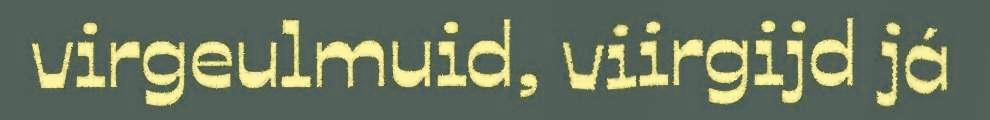
virgeulmuid, viirgijd já